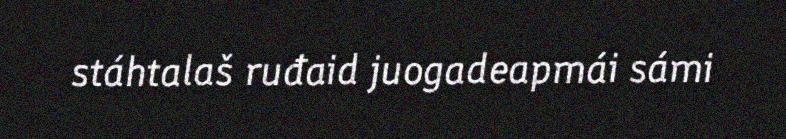
stáhtalaš ruđaid juogadeapmái sámi